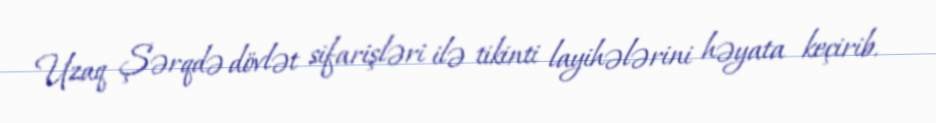
Uzaq Şərqdə dövlət sifarişləri ilə tikinti layihələrini həyata keçirib.